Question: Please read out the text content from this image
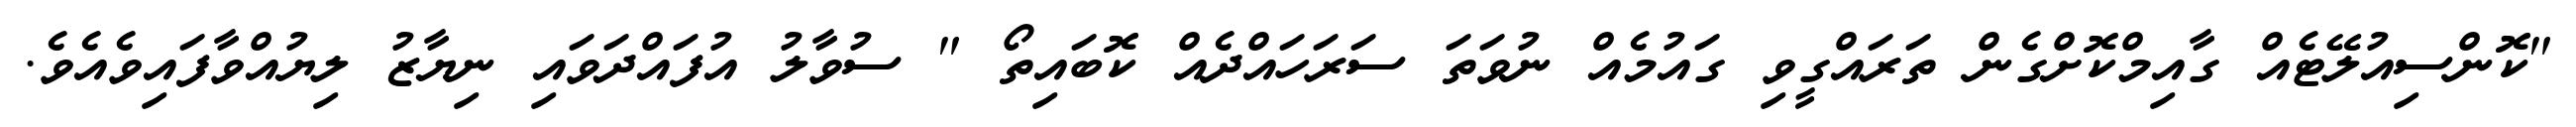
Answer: "ކޮންސިއުލޭޓެއް ގާއިމްކޮށްގެން ތަރައްގީވި ގައުމެއް ނުވަތަ ސަރަހައްދެއް ކޮބައިތޯ " ސުވާލު އުފައްދަވައި ނިޔާޒު ލިޔުއްވާފައިވެއެވެ.